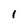
Character: 1